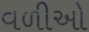
વળીઓ